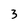
Character: 3